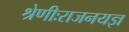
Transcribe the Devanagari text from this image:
श्रेणीःराजनयज्ञ